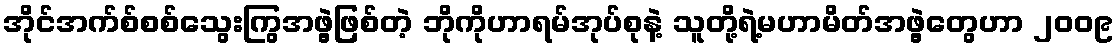
အိုင်အက်စ်စစ်သွေးကြွအဖွဲ့ဖြစ်တဲ့ ဘိုကိုဟာရမ်အုပ်စုနဲ့ သူတို့ရဲ့မဟာမိတ်အဖွဲ့တွေဟာ ၂၀၀၉